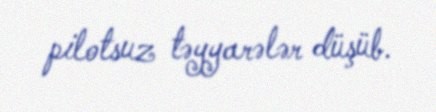
pilotsuz təyyarələr düşüb.